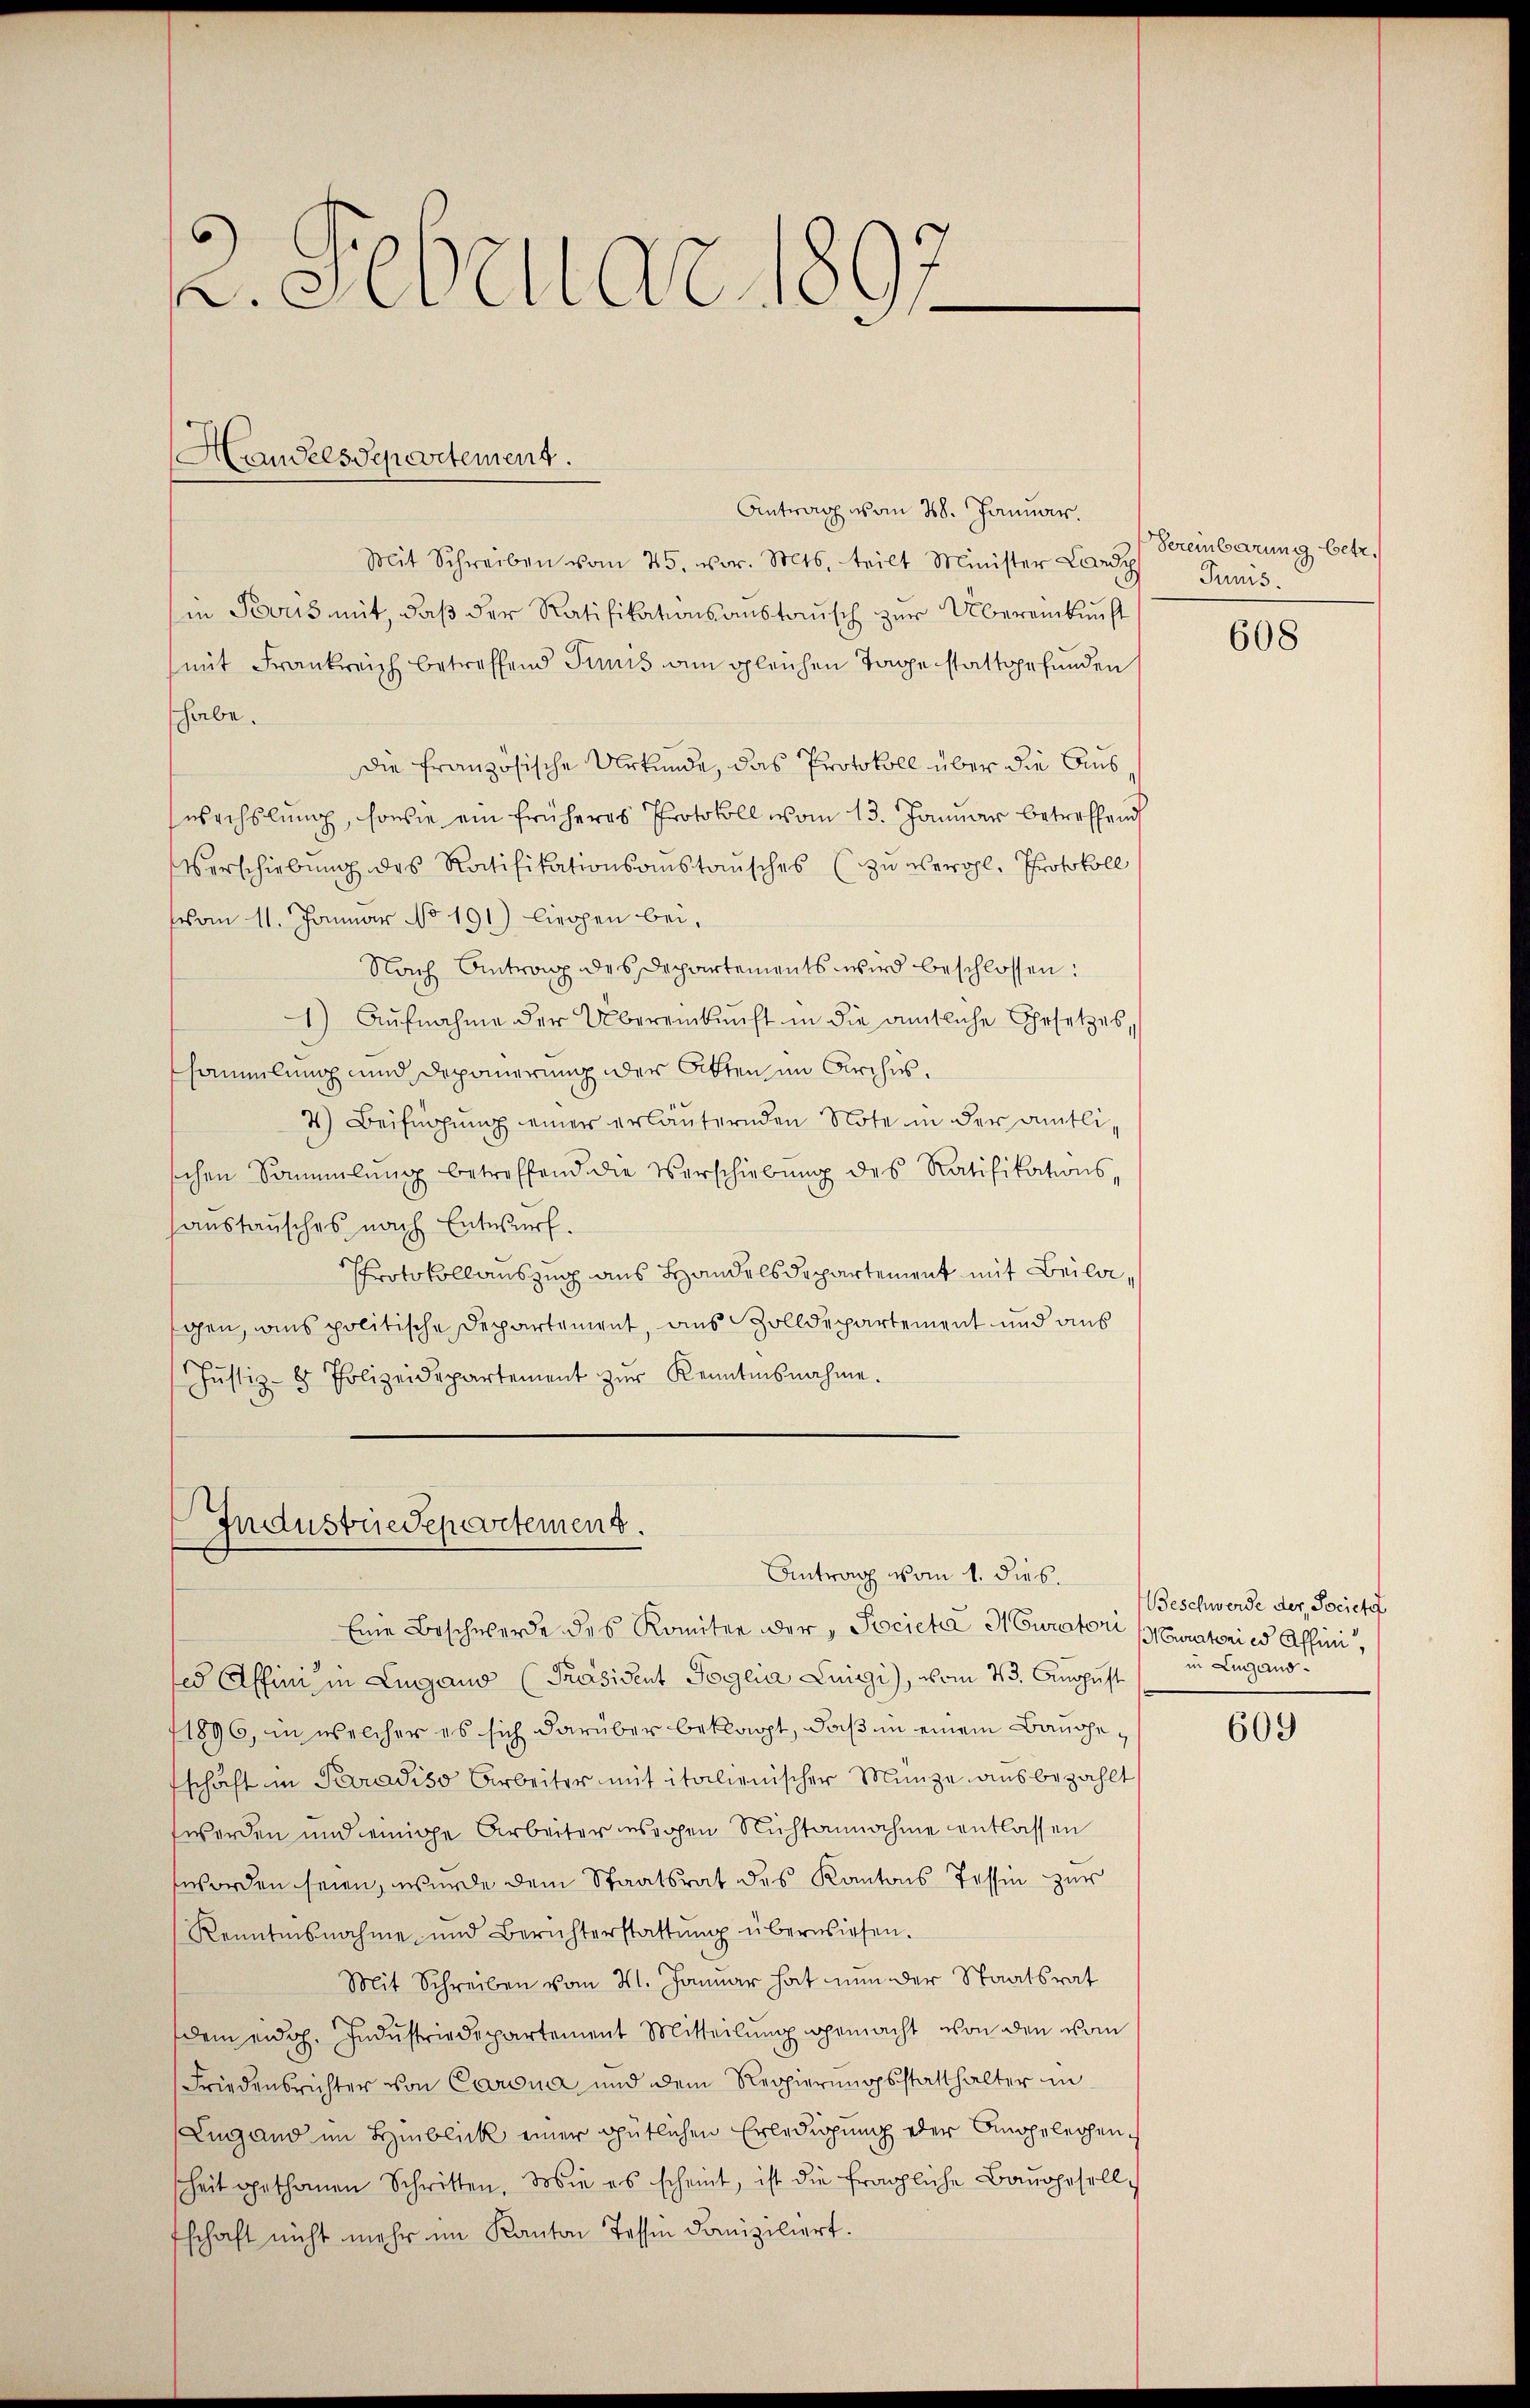
s
. Abenden

Antrag vom 28. Januar.
Mit Schreiben vom 25. vor. Mts. teilt Minister Lardy Junis.
in Bous mit, daß der Ratifikationsanstausch zur Übereinkunft
mit Frankreich betreffend Junis am gleichen Tage stattgefunden
habe.
die französische Urkunde, das Protokoll über die Auswechslung, sowie ein früheres Protokoll vom 13. Januar betreffend
Verschiebung des Ratifikationsanstausches (Zu bewohl, Protokoll
vom 11. Januar No 191) liegen bei,
Nach Antrag des Departements wird beschlossen:
1) Aufnahme der Übereinkunft in die amtliche Gesetzes,
sammlung und Deponierung der Otten im Archivs.
4) Beifügung einer erläuternden Note in der amtlischen Sammlung betreffend die Verschiebung des Ratifikations-
austausches nach Entwurf.
Protokollauszug aus Handelsdepartement mit Beilaschen, ains politische Departement, aus Zolldepartement und aus
Jŭstiz- & Polizeidepartement zŭr Kenntnisnahme.

Handelsdepartement.

Industriedepartement.
Antrag vom 1. dies

Eine Beschwerde des Komitee der "Societa H Curatori Muratori es Affini,
ted Affini in Lugano [Präsident Soglia Luigi, vom 23. August
11896, in welcher es sich darüber beklagt, daß in einem Bangeschaft in Paradiso Arbeiter mit italienischer Münze ausbezahlt
werden und einige Arbeiter wegen Nichtannahme entlassen
worden seien, wurde dem Staatsrat des Kantons Tessin zur
Renntnisnahme und Berichterstattŭng überwiesen.
Mit Schreiben vom 21. Januar hat nun der Staatsrat
dem eid. Industriedepartement Mitteilung gemacht von den vom
Friedensrichter von Carina und dem Regierŭngsstatthalter in
Lugand im Hinblick einer gütlichen Erledigung der Appelechenheit geschonen Schritten. Wie es scheint, ist die fragliche Baugesells
fschaft nicht mehr im Kanton Tessin daniziliert.

Vereinbarung betr.

608

Beschwerde der Societa
in Lugano.

609